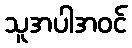
သူအပါအဝင်